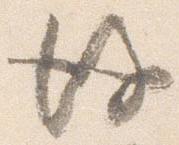
後